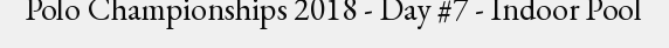
Polo Championships 2018 - Day #7 - Indoor Pool